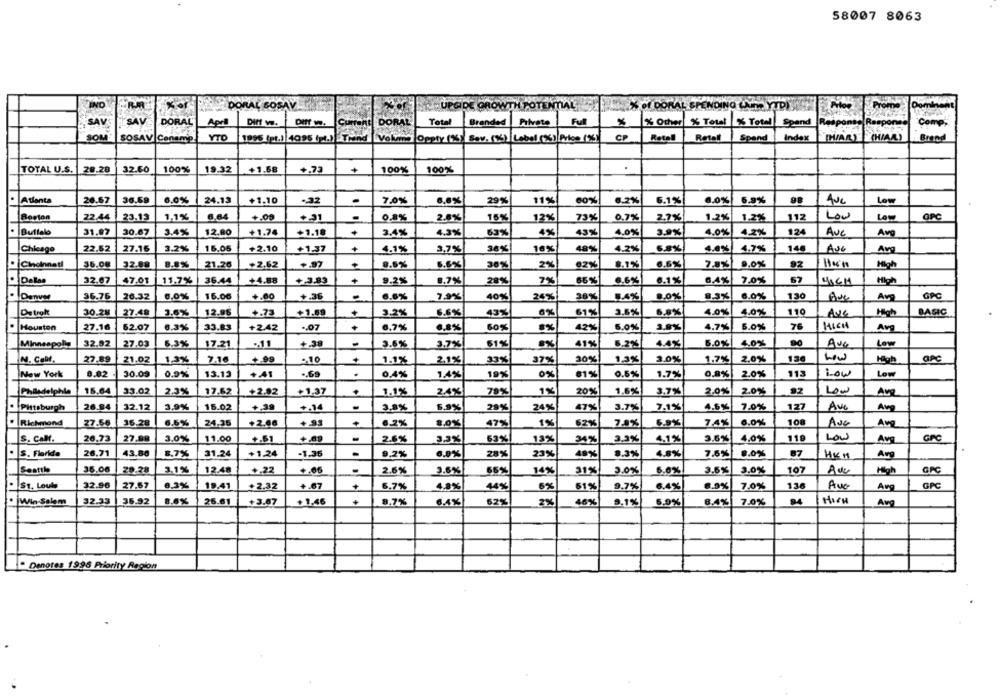
58007 8063
IND
DORAL SOSAV
E GROWT
TAL
% of DORAL SPENDING LAMM YTD
Promo
Dominen
SAV
SAV
DORAL
Apri
DIff v.
Current DORAL
Total
Branded
Pilvete
Fyl
% Other
% Total
% Totel
Spand
"Comp;
SOM
SOSAV Conamp
YTO
1996 (pt.) 4095 (pt.) Trind Vokind Oppty (1%) Sev. (1%) Label (%) Price (%)
CP
Retel
Retal
Spand
Index
[HAR)
(HIAA)
Brend
TOTAL U.S.
28.28
32.60
100%
19.32
+1.68
+.73
+
100%
100%
Atlanta
26.67
36.69
6.0%
24.13
+1.10
-- 32
7.0%
6,8%
29%
11%
60%
6.2%
6.1%
6.0%
6.9%
Low
Boston
22.44
23.13
1.1%
6.64
+.00
0.8%
16%
73%
0.7%
1.2%
1.2%
112
Low
Low
OPC
.
2.6%
12%
2.7%
Butlala
31.07
30.87
3.4%
12.80
+1.74
+1.18
3.4%
4.3%
63%
4%
43%
4.0%
3.9%
4.0%
4.2%
124
ANC
Avg
Chicago
22.62
27.16
3.2%
16.06
+2.10
+1.37
+
4.1%
3,7%
38%
16%
49%
4.2%
6.8%
4,6%
4.7%
148
AUG
Avg
Cincinnati
$6.08
32.88
21.26
+2,62
+
8.5%
5.6%
30%
2%
62%
8.1%
6.6%
0,0%
92
Hern
High
11.7%
36.44
+4.88
+
9.2%
6.1%
7.0%
62
High
32.67
47.01
+3.99
8.7%
28%
7%
66%
6.6%
6,4%
Denver
96.76
26.32
6,0%
16.00
+.60
-
6.6%
7.9%
40%
24%
30%
8.4%
8.0%
8.3%
6.0%
130
Av
GPC
De trat
30.28
27.48
3.6%
12.96
+.73
+1.09
3.2%
6.6%
43%
6%
61%
3.6%
.0%
4.0%
4.0%
110
Ave
High
BASIC
Houston
27.16
62.07
6.3%
33.83
+242
-. 07
6.7%
6,8%
60%
8%
42%
6.0%
3.9%
4.7%
6.0%
76
Av
-
4.4%
90
Low
Minneapollg
32.92
27.03
6.3%
17.21
3.6%
3.7%
61%
41%
6.2%
5.0%
4.0%
Ave
N. Call.
27.89
21.02
1.3%
7.16
....
-. 10
1.1%
2,1%
33%
37%
30%
1,3%
3.0%
1.7%
2.0%
OPC
New York
0.02
30.09
0,9%
13.13
+.41
.. 69
0,4%
1.4%
19%
0%
61%
0.6%
1.7%
0,9%
20%
113
Low
Low
15.64
33.02
2.3%
17.62
+2.92
+1,37
1.1%
2.4%
79%
1%
20%
1.6%
3.7%
2.0%
20%
92
Low
milledelphila
.Pittsburgh
26.84
32.12
3,9%
15.02
+39
3,8%
5.9%
29%
24%
47%
3.7%
7.1%
4.6%
7.0%
127
Ave
Avg
. Richmond
27.56
36.28
6.6%
24.36
+2.66
6.2%
8,0%
47%
19
62%
7.8%
6.9%
7.4%
6.0%
10
Aug
s. callt.
26.73
27.88
3.0%
11.00
+.51
2.6%
3.3%
63%!
13%
34%
3.3%
4.1%
3.6%
4,0%
110
Low
Av
. S. Florida
26.71
43.80
8.7%
31.24
+1.24
.1.36
9,2%
6.9%
28%
23%
49%
8.3%
4.8%
9.0%
87
Arg
7.5%
HKM
Seattle
36.06
20.28
3.1%
12.48
+.22
2.5%
3.6%
66%
14%
31%
3.0%
6.0%
3.6%
3.0%
107
High
GPC
St. Louis
32.96
27.67
8,3%
19.41
+2.32
+.67
6.7%
4,9%
44%
6%
61%
9.7%
6.4%
6.9%
7.0%
136
Aug
Avg
GPC
Win-Salem
32.33
35.92
8,6%
25.61
+3.67
+1,46
8.7%
6,4%
62%
46%
8.1%
5.9%
6.4%
7,0%
94
HIGH
Avg
2%
* Denotes 1996 Priority Region